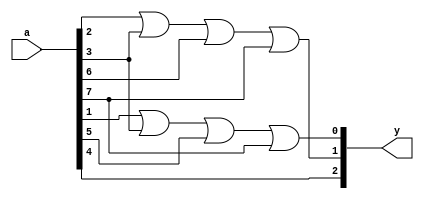
`timescale 1ns / 1ps
//////////////////////////////////////////////////////////////////////////////////
// Company: 
// Engineer: 
// 
// Design Name: 
// Module Name: encoder_3to8
// Project Name: 
// Target Devices: 
// Tool Versions: 
// Description: 
// 
// Dependencies: 
// 
// Revision:
// Revision 0.01 - File Created
// Additional Comments:
// 
//////////////////////////////////////////////////////////////////////////////////


module encoder_3to8(
    input [7:0] a,
    
    output  [2:0] y
    );
 or a1(y[2],a[7:4]);
  or a2(y[1],a[2],a[3],a[6],a[7]);
  or a3(y[0],a[1],a[3],a[5],a[7]);  
endmodule